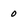
Character: 0